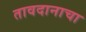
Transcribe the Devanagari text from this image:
तावदानाचा